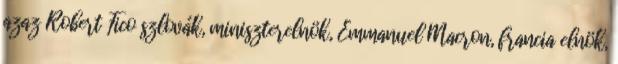
azaz Robert Fico szlovák, miniszterelnök, Emmanuel Macron, francia elnök,